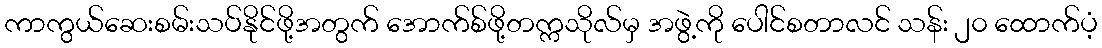
ကာကွယ်ဆေးစမ်းသပ်နိုင်ဖို့အတွက် အောက်စ်ဖို့တက္ကသိုလ်မှ အဖွဲ့ကို ပေါင်စတာလင် သန်း ၂၀ ထောက်ပံ့